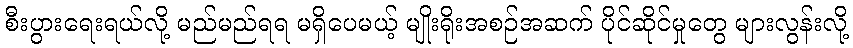
စီးပွားရေးရယ်လို့ မည်မည်ရရ မရှိပေမယ့် မျိုးရိုးအစဉ်အဆက် ပိုင်ဆိုင်မှုတွေ များလွန်းလို့